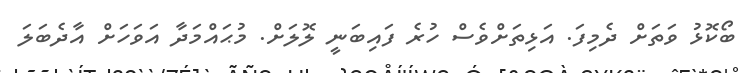
ބޯކޮޅު ވަތަށް ދެމިފަ. އަޅިތަށްވެސް ހުރެ ފައިބަނީ ލޮލަށް. މުޙައްމަދާ އަވަހަށް އާދެބަލަ